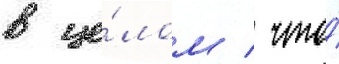
в це́лом / что́